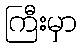
ကြီးမှာ